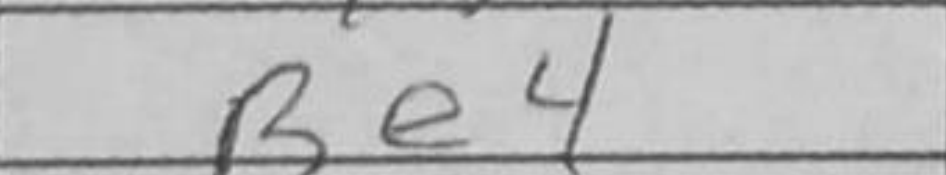
Transcription: Be4